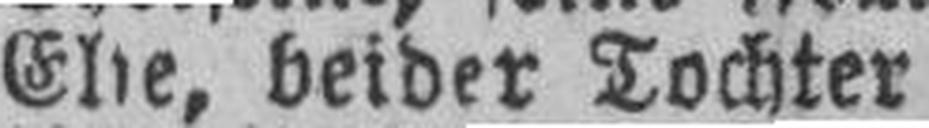
Ehe, beider Tochter